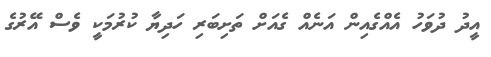
އީދު ދުވަހު އެއްގެއިން އަނެއް ގެއަށް ތަށިބަރި ހަދިޔާ ކުރުމަކީ ވެސް އޭރުގެ